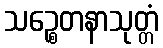
သဉ္စေတနာသုတ္တံ